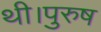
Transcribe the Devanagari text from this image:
थी।पुरुष